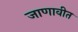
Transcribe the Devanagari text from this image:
जाणावीत